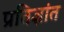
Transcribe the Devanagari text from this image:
प्रतिज्ञांत